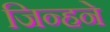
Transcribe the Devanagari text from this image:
जिन्हने